Indian Medical Review
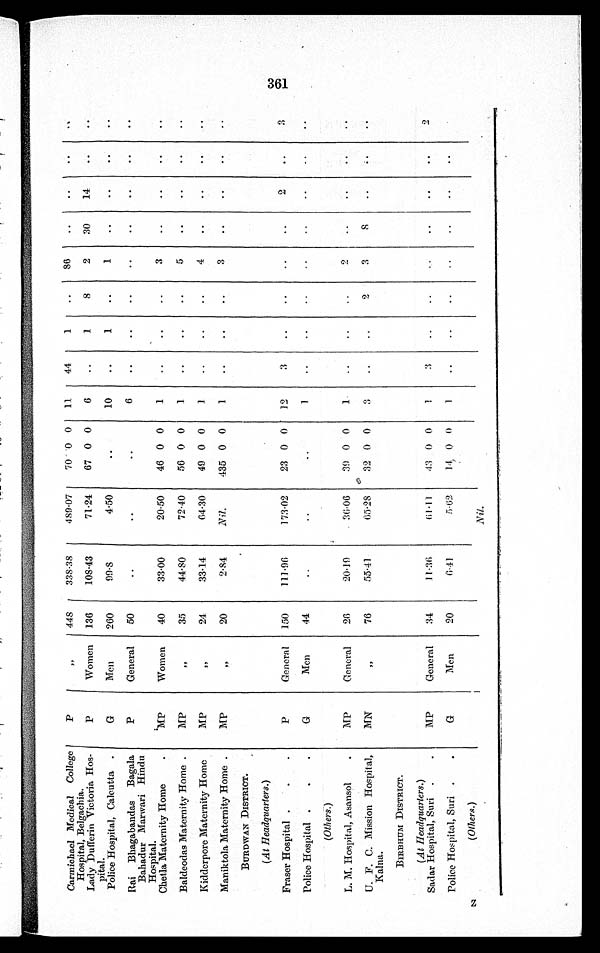
Carmichael Medical College
Hospital, Belgachia.
P
''
448
338·38
489·07
70 0 0
11
44
1
..
8 6
. .
. .
..
..
Lady Dufferin Victoria Hos-
pital.
P
Women
136
108·43
71· 24
67 0 0
6
..
7
8
2
30
14
..
..
Police Hospital, Calcutta
G
Men
260
99 · 8
4·50
..
10
..
1
..
1
..
..
..
..
Rai Bhagabandas Bagala
Bahadur Marwari Hindu
Hospital.
P
General
50
..
..
..
6
..
..
. .
..
..
..
. .
. .
Chetla Maternity Home
MP
Women
40
33·00
20·50
46 0 0
1
..
..
..
3
..
..
..
..
Baldeodas Maternity Home
M P
„
3 5
44
· 8 0
72·40
56 0 0
1
..
..
..
5
..
. .
. .
. .
Kidderpore Maternity Home
M P
' '
24
33· 14
64·30
40 0
0
. .
. .
. .
4
..
. .
. .
. .
Maniktola Maternity Home
M P
' '
20
2·54
Nil.
435 0 0
. .
. .
. .
3
..
. .
. .
. .
BURDWAN DISTRICT.
(At Headquarters.)
Fraser Hospital
P
General
150
111· 96
173·02
23 0 0
12
3
..
..
..
..
2
..
3
Police Hospital
G
Men
44
..
..
..
1
..
..
..
..
..
..
..
(Others.)
L. M. Hospital, Asansol
MP
General
26
20· 19
36·06
39 0 0
1
..
..
..
2
. .
..
..
..
U. F. C. Mission Hospital,
Kalna.
MN
' '
55·41
65·28
32 0 0
3
..
. .
2
3
8
. .
..
. .
BIRBHUM DISTRICT.
(At Headquarters.)
Sadar Hospital, Suri
MP
General
34
11· 36
61· 11
13 0 0
1
3
. .
. .
. .
. .
..
..
2
Police Hospital, Suri
(Others.)
G
Men
20
6·41
5
· 6 2
1 4
0 0
1
..
..
..
..
..
..
..
Nil.
3 6 1